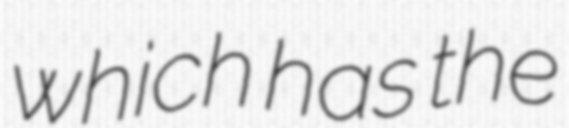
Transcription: which has the